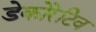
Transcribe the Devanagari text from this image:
डेकोरेटिव